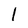
Character: l